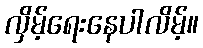
လှိမ့်ရေးနေပါလိမ့်။